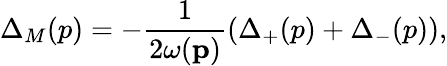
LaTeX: \Delta_{M}(p)=-\frac{1}{2\omega(\mathbf p)}\left(\Delta_{+}(p)+\Delta_{-}(p)\right),